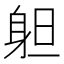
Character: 𨈱